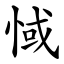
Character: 惐